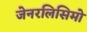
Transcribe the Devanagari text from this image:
जेनरलिसिमो